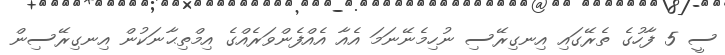
ސީ 5 ފާހުގެ ތެރޭގައި އިނގިރޭސި ނުހިމެނޭނަމަ އެއާ އެއްފެންވަރެއްގެ އިމްތިޙާނަކުން އިނގިރޭސިން